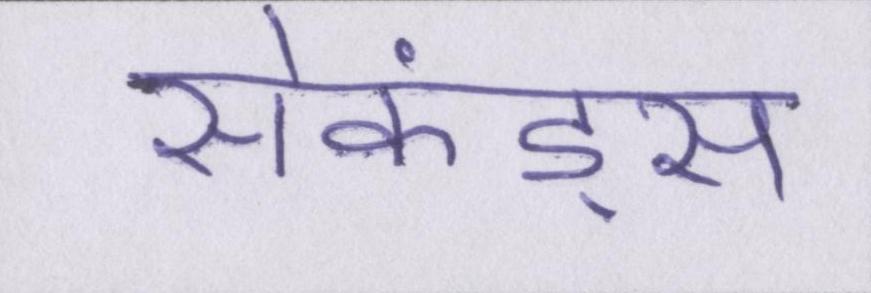
सेकंड्स